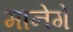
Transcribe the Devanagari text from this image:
मानेगें